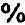
%